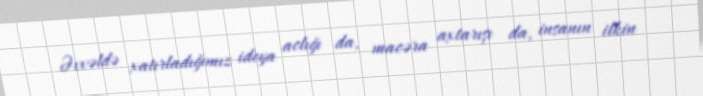
Əvvəldə xatırladığımız ideya aclığı da, macəra axtarışı da, insanın ilkin